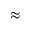
\approx